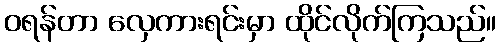
ဝရန်တာ လှေကားရင်းမှာ ထိုင်လိုက်ကြသည်။